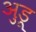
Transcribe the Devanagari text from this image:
अुडू